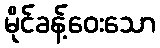
မိုင်ခန့်ဝေးသော